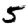
Digit: 5